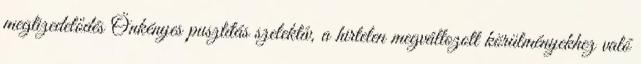
megtizedelődés Önkényes pusztítás szelektív, a hirtelen megváltozott körülményekhez való